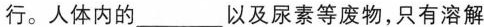
行。人体内的___以及尿素等废物，只有溶解